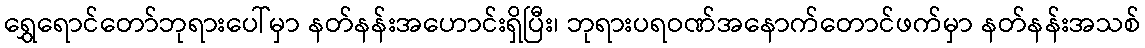
ရွှေရောင်တော်ဘုရားပေါ်မှာ နတ်နန်းအဟောင်းရှိပြီး၊ ဘုရားပရဝဏ်အနောက်တောင်ဖက်မှာ နတ်နန်းအသစ်